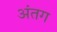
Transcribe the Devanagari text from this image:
अंतग